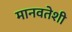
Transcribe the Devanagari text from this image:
मानवतेशी